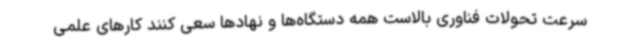
سرعت تحولات فناوری بالاست همه دستگاه‌ها و نهادها سعی کنند کارهای علمی